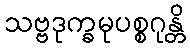
သဗ္ဗဒုက္ခမုပစ္စဂုန္တိ